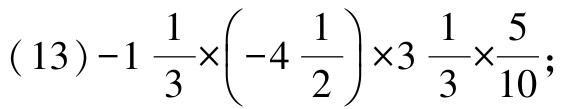
\((13)-1\frac{1}{3}\times\left(-4\frac{1}{2}\right)\times3\frac{1}{3}\times\frac{5}{10};\)